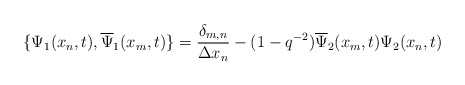
\begin{align*}\{\Psi_{1}(x_{n},t),\overline{\Psi}_{1}(x_{m},t)\}=\frac{\delta_{m,n}}{\Delta x_{n}} - (1-q^{-2})\overline{\Psi}_{2}(x_{m},t)\Psi_{2}(x_{n},t)\end{align*}